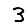
Digit: 3